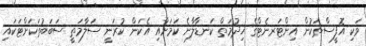
ވަކި އޮފީސްތަކުން އިންޓަރނެޓްގެ ޚިދުމަތް ކަނޑާލާނެ ކަމަށާއި އެކަން ކުރަނީ ސަލާމަތީ ސަބަބުތަކަށްޓަކައި